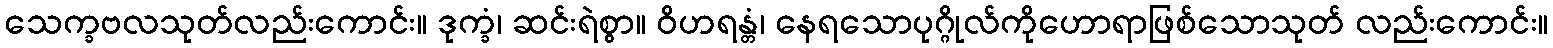
သေက္ခဗလသုတ်လည်းကောင်း။ ဒုက္ခံ၊ ဆင်းရဲစွာ။ ဝိဟရန္တံ၊ နေရသောပုဂ္ဂိုလ်ကိုဟောရာဖြစ်သောသုတ် လည်းကောင်း။